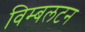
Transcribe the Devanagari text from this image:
विम्‍बलटन